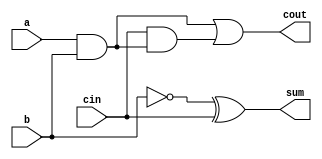
module full_adder2(a,b,cin,sum,cout);
input a,b,cin;
output sum,cout;
assign sum = 1'b1^b^cin;
assign cout = a&b|cin&(a&b); 
// initial begin
//     $display("The incorrect adder with xor0 having in1/1");
// end   
endmodule